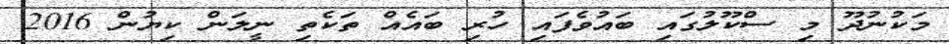
މަކުނުދޫ މި ސްކޫލުގައި ބައުވެފައި ހުރި ބައެއް ތަކެތި ނީލަން ކިޔުން 2016